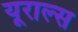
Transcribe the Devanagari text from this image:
यूराल्स